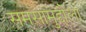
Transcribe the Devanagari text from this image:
समसामुद्दौला